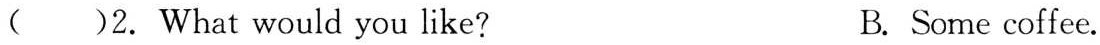
( )2. What would you like? B. Some coffee.